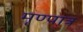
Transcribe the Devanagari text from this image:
मृण्पात्र